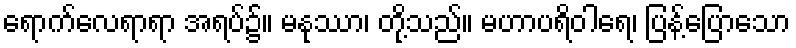
ရောက်လေရာရာ အရပ်၌။ မနုဿာ၊ တို့သည်။ မဟာပရိဝါရေ၊ ပြန့်ပြောသော